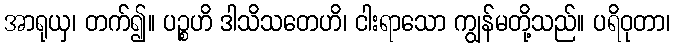
အာရုယှ၊ တက်၍။ ပဉ္စဟိ ဒါသိသတေဟိ၊ ငါးရာသော ကျွန်မတို့သည်။ ပရိဝုတာ၊